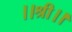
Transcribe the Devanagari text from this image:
।।श्री।।